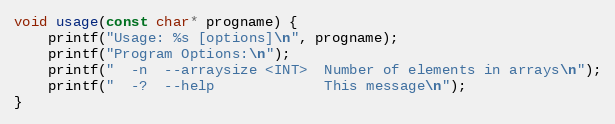
Language: C++
void usage(const char* progname) {
    printf("Usage: %s [options]\n", progname);
    printf("Program Options:\n");
    printf("  -n  --arraysize <INT>  Number of elements in arrays\n");
    printf("  -?  --help             This message\n");
}